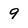
Character: 9